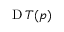
\operatorname { D } T ( p )